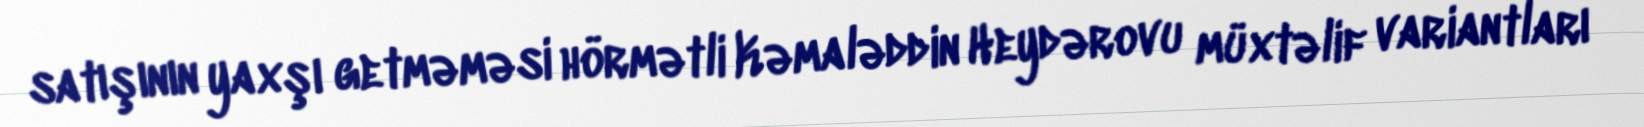
satışının yaxşı getməməsi hörmətli Kəmaləddin Heydərovu müxtəlif variantları